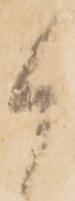
御